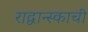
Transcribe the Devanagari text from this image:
राद्वान्स्काची